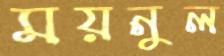
ময়নুল